Note on the mental hospitals in Burma - 1925-1940
Year: 1925
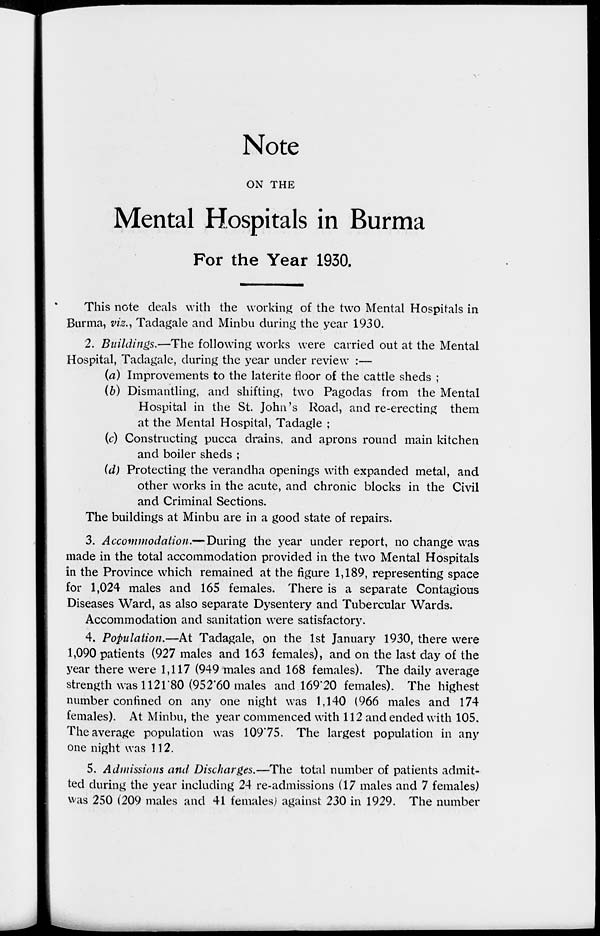
Note
ON THE
Mental Hospitals in Burma
For the Year 1930.
This note deals with the working of the two Mental Hospitals in
Burma, viz., Tadagale and Minbu during the year 1930.
2. Buildings.—The following works were carried out at the Mental
Hospital, Tadagale, during the year under review :—
(a) Improvements to the laterite floor of the cattle sheds ;
(b) Dismantling, and shifting, two Pagodas from the Mental
Hospital in the St. John's Road, and re-erecting them
at the Mental Hospital, Tadagle ;
(c) Constructing pucca drains, and aprons round main kitchen
and boiler sheds ;
(d) Protecting the verandha openings with expanded metal, and
other works in the acute, and chronic blocks in the Civil
and Criminal Sections.
The buildings at Minbu are in a good state of repairs.
3. Accommodation.—During the year under report, no change was
made in the total accommodation provided in the two Mental Hospitals
in the Province which remained at the figure 1,189, representing space
for 1,024 males and 165 females. There is a separate Contagious
Diseases Ward, as also separate Dysentery and Tubercular Wards.
Accommodation and sanitation were satisfactory.
4. Population.—At Tadagale, on the 1st January 1930, there were
1,090 patients (927 males and 163 females), and on the last day of the
year there were 1,117 (949 males and 168 females). The daily average
strength was 1121.80 (952.60 males and 169.20 females). The highest
number confined on any one night was 1,140 (966 males and 174
females). At Minbu, the year commenced with 112 and ended with 105.
The average population was 109.75. The largest population in any
one night was 112.
5. Admissions and Discharges.—The total number of patients admit-
ted during the year including 24 re-admissions (17 males and 7 females)
was 250 (209 males and 41 females) against 230 in 1929. The number